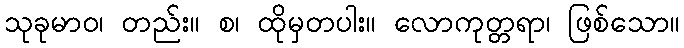
သုခုမာဝ၊ တည်း။ စ၊ ထိုမှတပါး။ လောကုတ္တရာ၊ ဖြစ်သော။